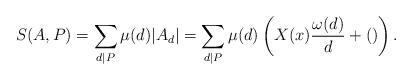
LaTeX: \begin{align*} S(A,P) = \sum_{d \mid P}\mu(d)|A_d| = \sum_{d \mid P} \mu(d) \left( X(x)\frac{\omega(d)}{d} + () \right). \end{align*}